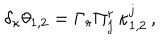
\delta _ { \kappa } \theta _ { 1 , 2 } = \Gamma _ { r } \Pi _ { j } ^ { r } \, \kappa _ { 1 , 2 } ^ { j } \, ,